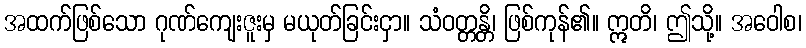
အထက်ဖြစ်သော ဂုဏ်ကျေးဇူးမှ မယုတ်ခြင်းငှာ။ သံဝတ္တန္တိ၊ ဖြစ်ကုန်၏။ ဣတိ၊ ဤသို့။ အဝေါစ၊